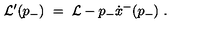
{ \cal L } ^ { \prime } ( p _ { - } ) \ = \ { \cal L } - p _ { - } \dot { x } ^ { - } ( p _ { - } ) \ .